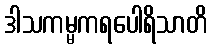
ဒါသကမ္မကရပေါရိသာတိ